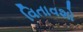
વિતાવશો